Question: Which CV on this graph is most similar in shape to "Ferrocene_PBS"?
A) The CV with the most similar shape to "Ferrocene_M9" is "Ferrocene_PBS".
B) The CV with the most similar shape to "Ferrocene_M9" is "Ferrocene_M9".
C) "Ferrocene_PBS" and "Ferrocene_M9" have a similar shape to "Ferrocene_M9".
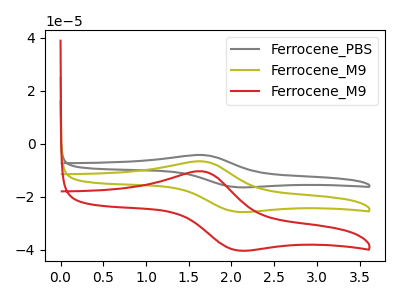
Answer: <think>The gray curve "Ferrocene_PBS" has an anodic peak at (1.65V, -13.30uA) and a cathodic peak at (2.05V, -51.40uA). The olive curve "Ferrocene_M9" has an anodic peak at (1.65V, -6.65uA) and a cathodic peak at (2.05V, -25.70uA). The red curve "Ferrocene_M9" has an anodic peak at (1.65V, -10.40uA) and a cathodic peak at (2.05V, -40.25uA).
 All the peaks in "Ferrocene_PBS" have a peak in "Ferrocene_M9" at the same potential. All the peaks in "Ferrocene_PBS" have a peak in "Ferrocene_M9" at the same potential. All the peaks in "Ferrocene_M9" have a peak in "Ferrocene_M9" at the same potential.</think>
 <answer>C) "Ferrocene_PBS" and "Ferrocene_M9" have a similar shape to "Ferrocene_M9".</answer>
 <eval>C</eval>